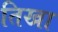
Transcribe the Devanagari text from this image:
तिखा